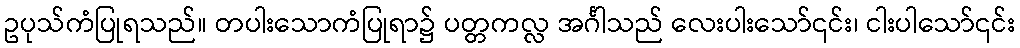
ဥပုသ်ကံပြုရသည်။ တပါးသောကံပြုရာ၌ ပတ္တကလ္လ အင်္ဂါသည် လေးပါးသော်၎င်း၊ ငါးပါသော်၎င်း